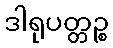
ဒါရုပတ္တဉ္စ